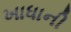
ખાધાની